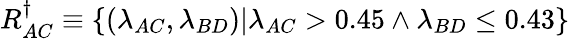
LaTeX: R_{AC}^{\dagger}\equiv\{ (\lambda_{AC},\lambda_{BD})|{\lambda_{AC}>0.45\wedge\lambda_{BD}\leq 0.43}\}